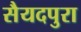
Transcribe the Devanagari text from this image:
सैयदपुरा